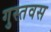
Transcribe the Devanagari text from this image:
गुस्तवस